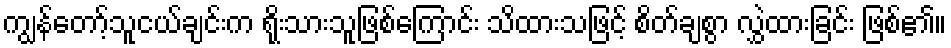
ကျွန်တော့်သူငယ်ချင်းက ရိုးသားသူဖြစ်ကြောင်း သိထားသဖြင့် စိတ်ချစွာ လွှဲထားခြင်း ဖြစ်၏။